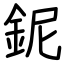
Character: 鈱